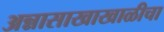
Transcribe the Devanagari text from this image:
अन्नासाखाखाळीचा